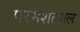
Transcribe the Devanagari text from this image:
परमशतमल